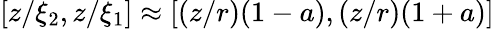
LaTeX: [z/\xi_{2},z/\xi_{1}]\approx[(z/r)(1-a),(z/r)(1+a)]